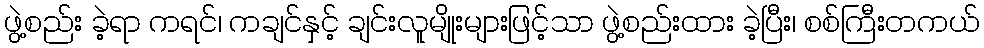
ဖွဲ့စည်း ခဲ့ရာ ကရင်၊ ကချင်နှင့် ချင်းလူမျိုးများဖြင့်သာ ဖွဲ့စည်းထား ခဲ့ပြီး၊ စစ်ကြီးတကယ်